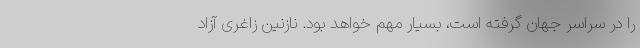
را در سراسر جهان گرفته است، بسیار مهم خواهد بود. نازنین زاغری آزاد